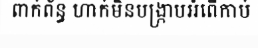
ពាក់ព័ន្ធ ហាក់មិនបង្ក្រាបអំពើកាប់